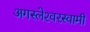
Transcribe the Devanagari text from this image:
अगस्‍लेश्‍वरस्‍वामी